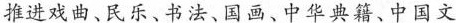
推进戏曲、民乐、书法、国画、中华典籍、中国文